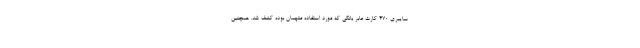
سایبری ۴۷۰ کارت عابر بانکی که مورد استفاده متهمان بوده کشف شد. همچنین